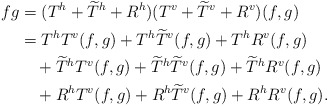
\begin{align*}fg&=(T^h+\widetilde{T}^h+R^h)(T^v+\widetilde{T}^v+R^v)(f,g)\\&=T^hT^v(f,g)+T^h\widetilde{T}^v(f,g)+T^hR^v(f,g)\\&\quad+\widetilde{T}^hT^v(f,g)+\widetilde{T}^h\widetilde{T}^v(f,g)+\widetilde{T}^hR^v(f,g)\\&\quad+R^hT^v(f,g)+R^h\widetilde{T}^v(f,g)+R^hR^v(f,g).\end{align*}